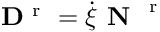
{ \bf D } ^ { \mathrm { ~ r ~ } } = \dot { \xi } \textbf { N } ^ { \mathrm { ~ r ~ } }